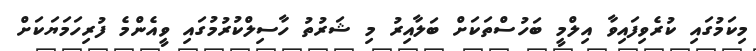
މިކަމުގައި ކުރެވިފައިވާ އިލްމީ ބަހުސްތަކަށް ބަލާއިރު މި ޝަރުތު ހާސިލްކުރުމުގައި ވީއެންމެ ފުރިހަމަޔަކަށް